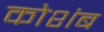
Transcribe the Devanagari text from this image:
कोशंब